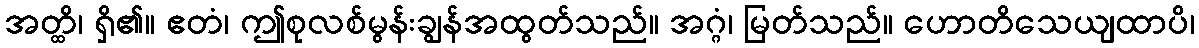
အတ္ထိ၊ ရှိ၏။ ဧတံ၊ ဤစုလစ်မွန်းချွန်အထွတ်သည်။ အဂ္ဂံ၊ မြတ်သည်။ ဟောတိသေယျထာပိ၊